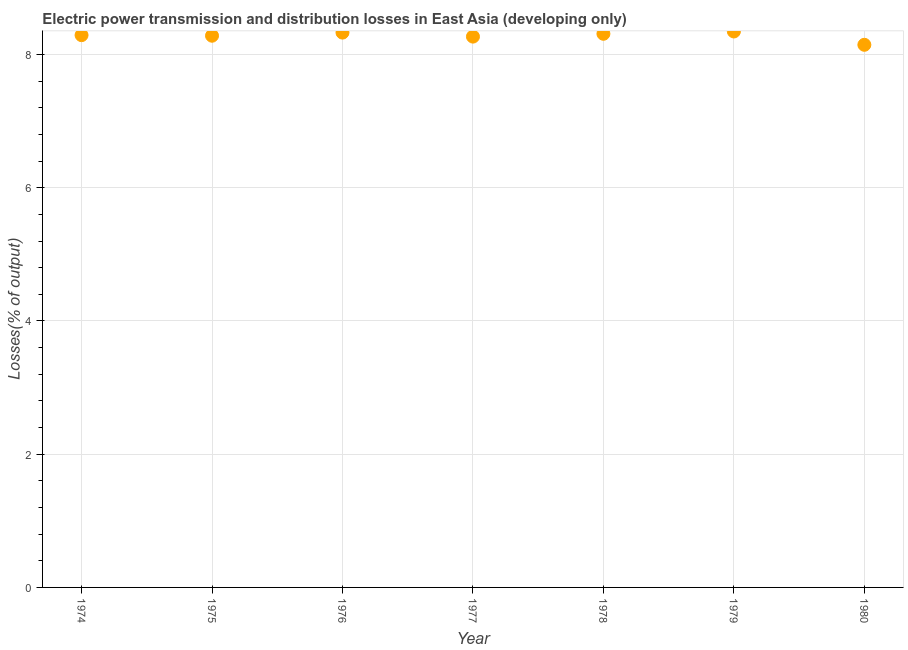
| Year | Electric power transmission and distribution losses |
 | --- | --- |
 | 1974 | 8.29 |
 | 1975 | 8.28 |
 | 1976 | 8.33 |
 | 1977 | 8.27 |
 | 1978 | 8.31 |
 | 1979 | 8.35 |
 | 1980 | 8.15 |